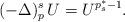
LaTeX: \begin{align*} (- \Delta)_p^s\, U = U^{p_s^\ast - 1}.\end{align*}